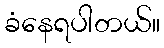
ခံနေရပါတယ်။